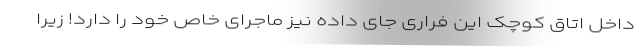
داخل اتاق کوچک این فراری جای داده نیز ماجرای خاص خود را دارد! زیرا